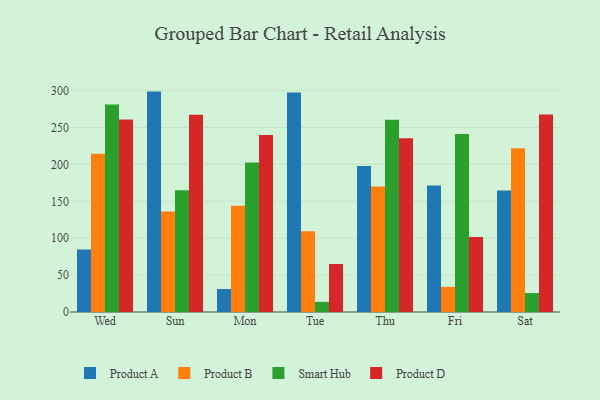
{"axis": {"x": "Day", "y": "Waste Production (Tons)"}, "legend": ["Product A", "Product B", "Product D", "Smart Hub"], "data": [{"x": "Wed", "y": 84.7, "type": "Product A"}, {"x": "Wed", "y": 214.6, "type": "Product B"}, {"x": "Wed", "y": 281.1, "type": "Smart Hub"}, {"x": "Wed", "y": 260.8, "type": "Product D"}, {"x": "Sun", "y": 298.7, "type": "Product A"}, {"x": "Sun", "y": 136.1, "type": "Product B"}, {"x": "Sun", "y": 165.0, "type": "Smart Hub"}, {"x": "Sun", "y": 267.2, "type": "Product D"}, {"x": "Mon", "y": 31.2, "type": "Product A"}, {"x": "Mon", "y": 143.9, "type": "Product B"}, {"x": "Mon", "y": 202.5, "type": "Smart Hub"}, {"x": "Mon", "y": 239.9, "type": "Product D"}, {"x": "Tue", "y": 297.6, "type": "Product A"}, {"x": "Tue", "y": 109.6, "type": "Product B"}, {"x": "Tue", "y": 13.7, "type": "Smart Hub"}, {"x": "Tue", "y": 65.0, "type": "Product D"}, {"x": "Thu", "y": 197.9, "type": "Product A"}, {"x": "Thu", "y": 170.0, "type": "Product B"}, {"x": "Thu", "y": 260.6, "type": "Smart Hub"}, {"x": "Thu", "y": 235.4, "type": "Product D"}, {"x": "Fri", "y": 171.6, "type": "Product A"}, {"x": "Fri", "y": 34.1, "type": "Product B"}, {"x": "Fri", "y": 241.4, "type": "Smart Hub"}, {"x": "Fri", "y": 101.7, "type": "Product D"}, {"x": "Sat", "y": 164.6, "type": "Product A"}, {"x": "Sat", "y": 222.0, "type": "Product B"}, {"x": "Sat", "y": 25.6, "type": "Smart Hub"}, {"x": "Sat", "y": 267.6, "type": "Product D"}]}